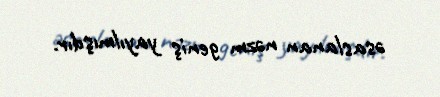
əsaslanan nəzm geniş yayılmışdır.